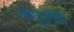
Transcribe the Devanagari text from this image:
माणूसवेडा